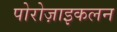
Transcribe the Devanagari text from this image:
पोरोज़ाइकलन